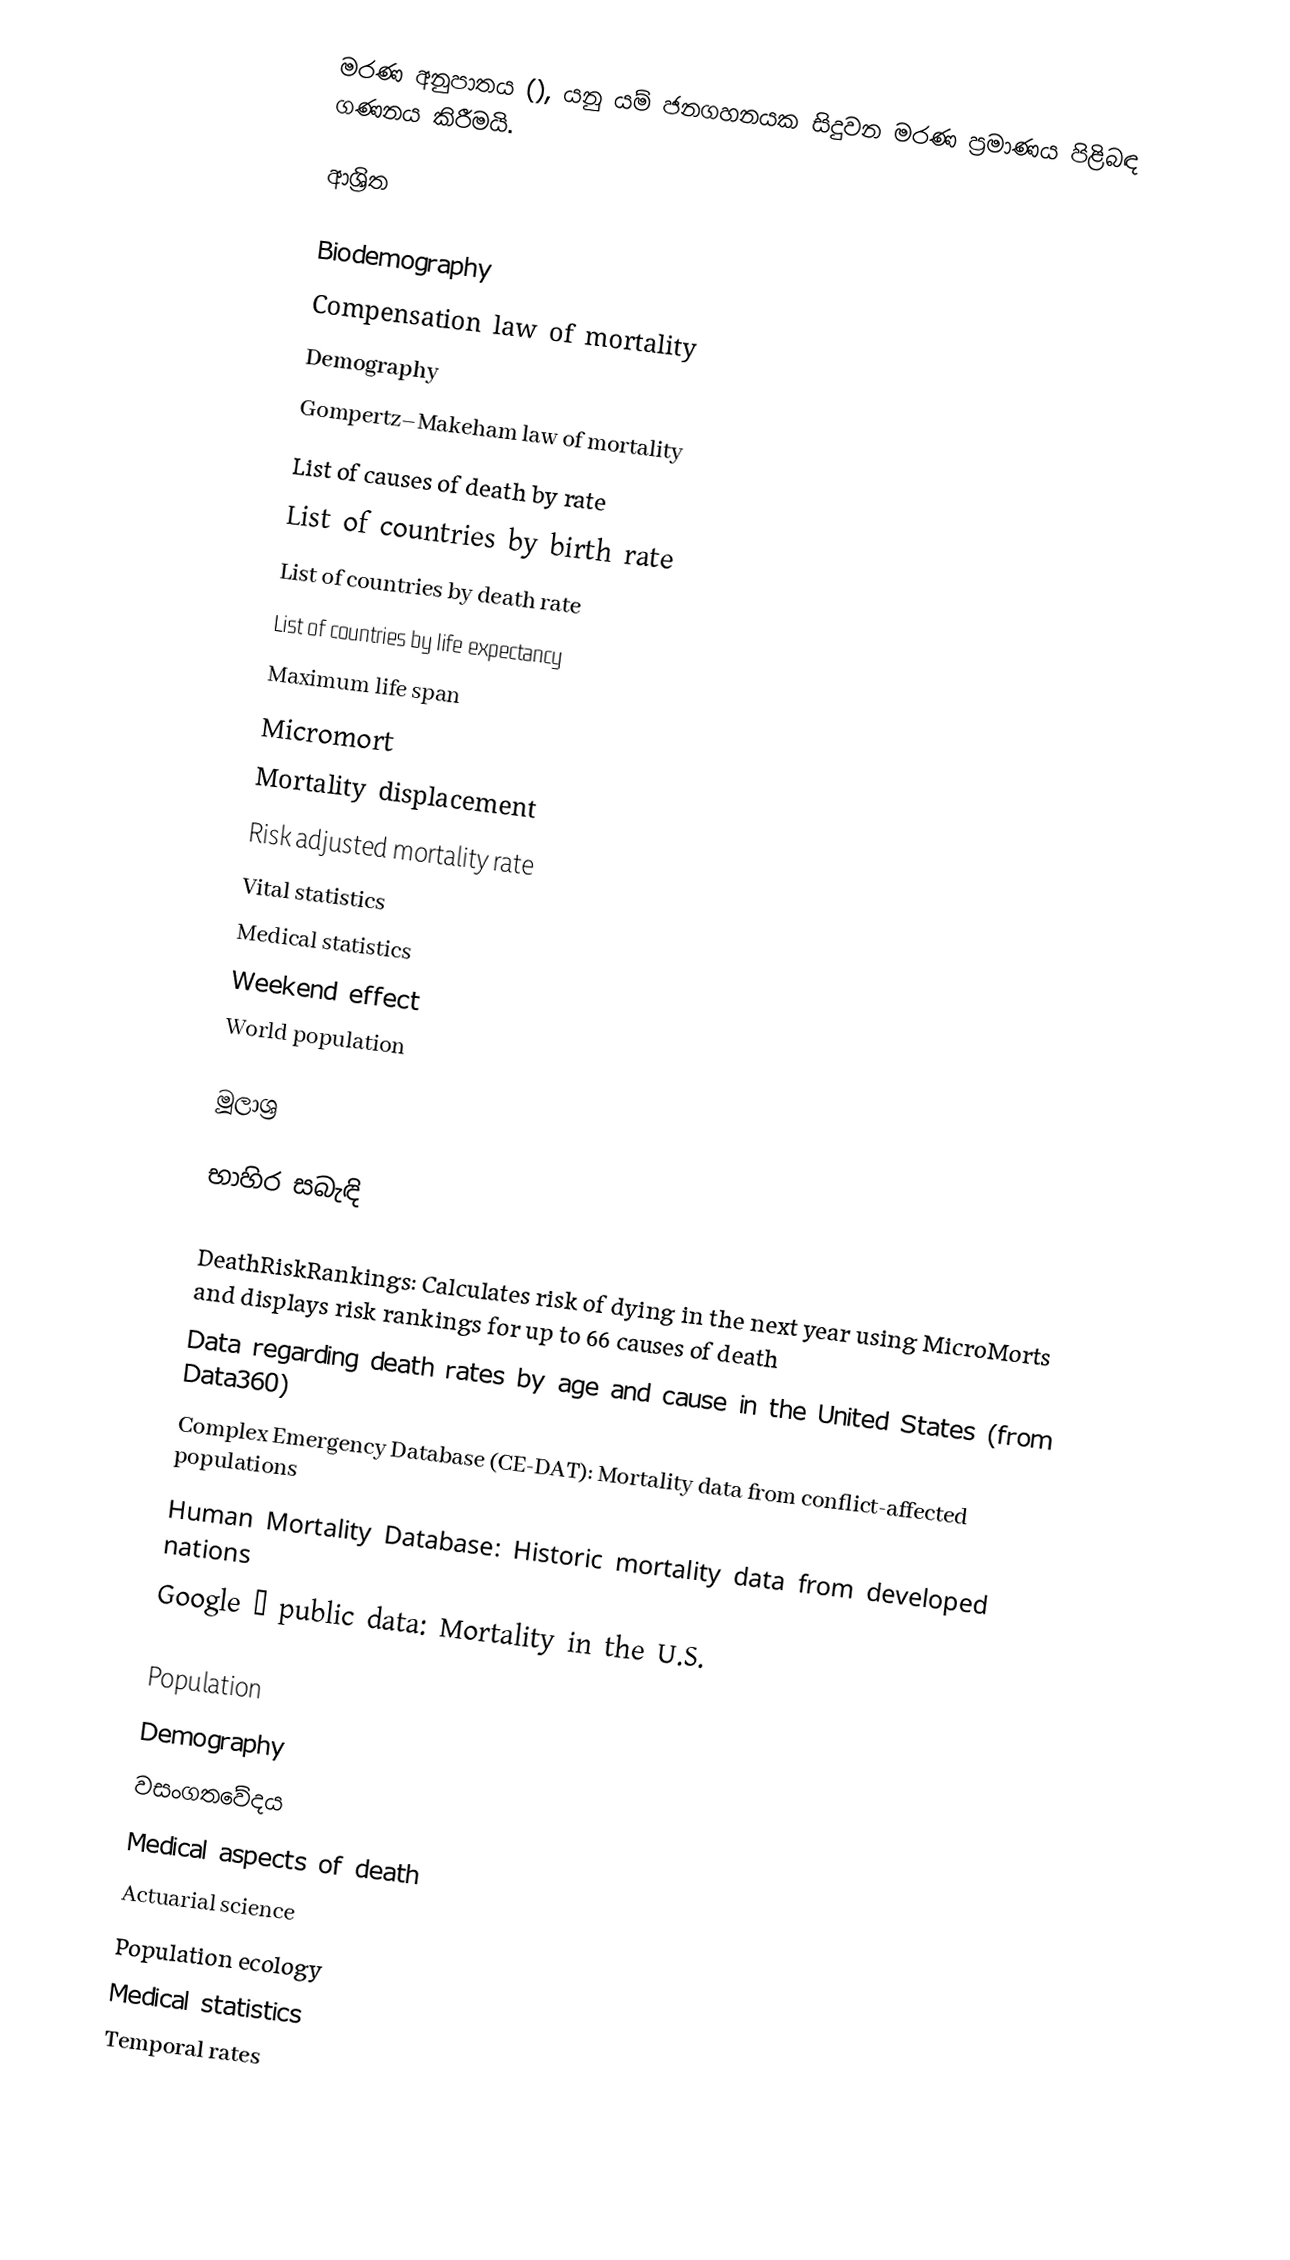
මරණ අනුපාතය (), යනු යම් ජනගහනයක සිදුවන මරණ ප්‍රමාණය පිළිබඳ ගණනය කිරීමයි.

ආශ්‍රිත

Biodemography
Compensation law of mortality
Demography
Gompertz–Makeham law of mortality
List of causes of death by rate
List of countries by birth rate
List of countries by death rate
List of countries by life expectancy
Maximum life span
Micromort
Mortality displacement
Risk adjusted mortality rate
Vital statistics
Medical statistics
Weekend effect
World population

මූලාශ්‍ර

භාහිර සබැඳි

DeathRiskRankings: Calculates risk of dying in the next year using MicroMorts and displays risk rankings for up to 66 causes of death
Data regarding death rates by age and cause in the United States (from Data360)
Complex Emergency Database (CE-DAT): Mortality data from conflict-affected populations
Human Mortality Database: Historic mortality data from developed nations
Google – public data: Mortality in the U.S.

Population
Demography
වසංගතවේදය
Medical aspects of death
Actuarial science
Population ecology
Medical statistics
Temporal rates